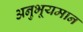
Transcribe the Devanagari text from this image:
अनुभूयमान